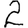
Digit: 2